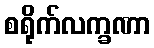
စရိုက်လက္ခဏာ